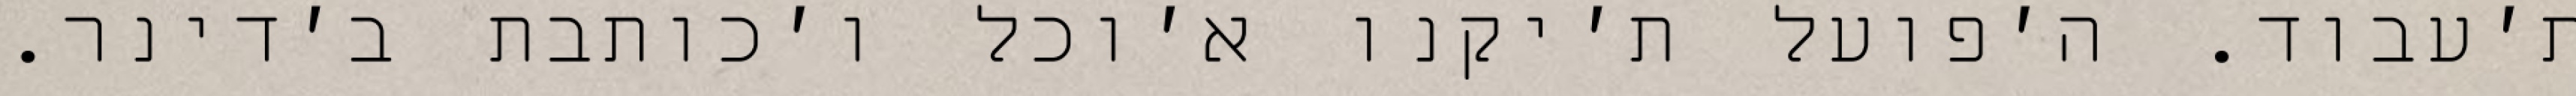
ת׳עבוד. ה׳פועל ת׳יקנו א׳וכל ו׳כותבת ב׳דינר.